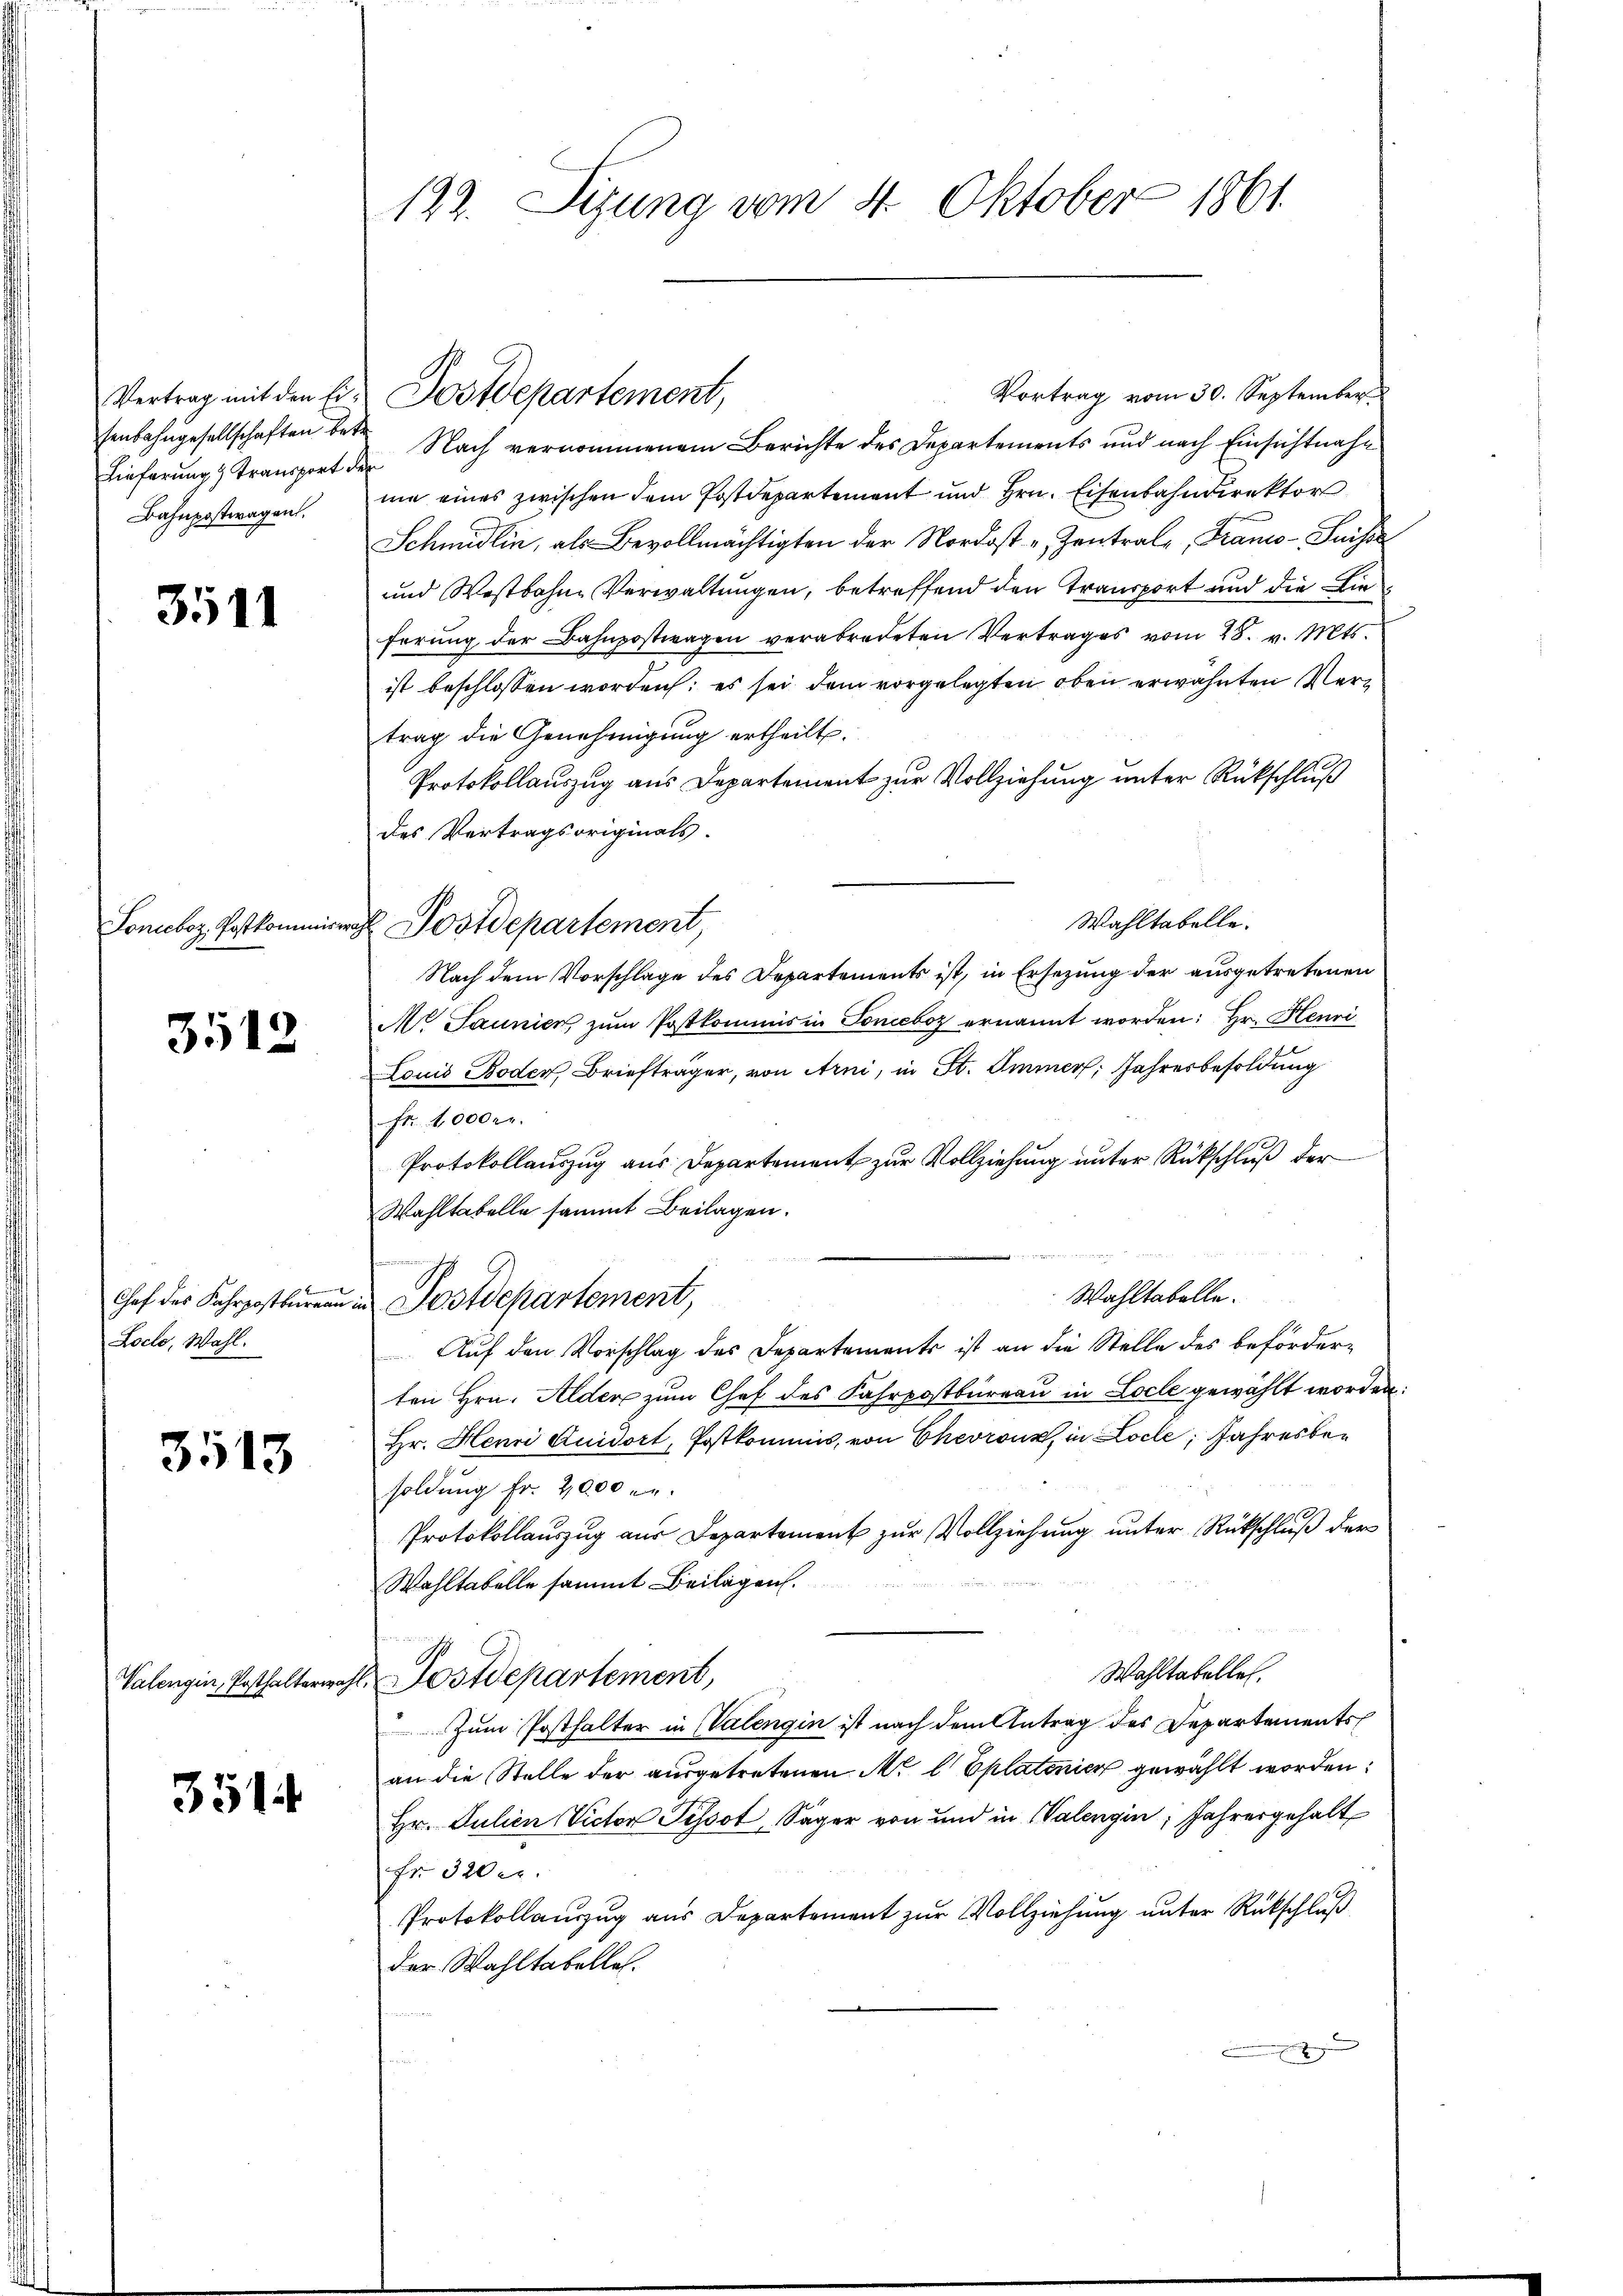
Vertrag mit den Eisenbahngesellschaften betr
Lieferung & Transport
Bahnpostwagen.

3511

Lonceboz, Postkommis

3512

Chef des Fahrpostbureau
Locte, Wahl.

3513

Valengin, Posthalterwah

3514

122. Sitzung vom 4. Oktober 1861

Vortrag vom 30. September
Nach vernommenem Berichte des Departements und nach Einsichtnahe
me eines zwischen dem Postdepartement und Hrn. Eisenbahndirektor
Schmidlin, als Bevollmächtigten der Nordost - Zentrale, Franco-Suisse
und Westbahne Verwaltungen, betreffend den Transport und die Lieferung der Bahnpostwagen verabredeten Vertrages vom 28. v. Mts.
ist beschlossen worden; es sei dem vorgelegten oben erwähnten Vertrag die Genehmigung ertheilt.
Protokollauszug aus Departement zur Vollziehung unter Rückschluß
des Vertragsoriginals.
Wahltabelle.
Postdepartement,
Nach dem Vorschlage des Departements ist, in Ersezung der ausgetretenen
Mo Jaunier, zum Postkommis in Soneboz ernannt worden: Hr. Henri
Louis Boden, Briefträger, von Arni, in St. Immer, Jahresbesoldung
Fr. 1000fr.
Protokollauszug aus Departement zur Vollziehung unter Rückschluß der
Wahltabelle sammt Beilagen.

g
Wahltabelle.
Fostdepartement,
Auf den Vorschlag des Departements ist an die Stelle des beförderten Hrn. Alder zum Chef des Fahrpostbureau in Loche gewählt worden:
Hr. Henri Quidort, Postkommis, von Chevront, in Loche Jahresbesoldung Fr. 2000 M.
Protokollauszug aus Departement zur Vollziehung unter Rückschluß der
2 25 St
Wohltabelle sammt Beilagen.
Wahltabelle.
Postdepartement,
Zum Posthalter in Valengin ist nach dem Antrag des Departements
an die Stelle der ausgetretenen M. l Eplatoricz gewählt worden:
Hr. Julien Victor Pissot, Sager von und in Valengin, Jahresgehalt
fr 3200.
Protokollauszug aus Departement zur Vollziehung unter Rückschluß
der Wahltabelle.
x

Postdepartement,